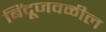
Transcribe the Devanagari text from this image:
बिंदूजवळील